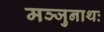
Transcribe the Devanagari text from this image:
मञ्जुनाथः